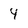
Character: 4